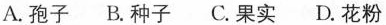
A.孢子 B.种子 C.果实 D.花粉